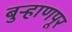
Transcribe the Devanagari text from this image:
बुर्‍हाणपूर